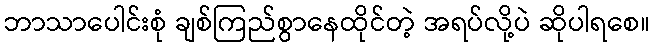
ဘာသာပေါင်းစုံ ချစ်ကြည်စွာနေထိုင်တဲ့ အရပ်လို့ပဲ ဆိုပါရစေ။